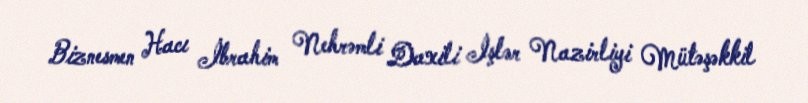
Biznesmen Hacı İbrahim Nehrəmli Daxili İşlər Nazirliyi Mütəşəkkil